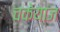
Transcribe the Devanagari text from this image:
चकेयाज